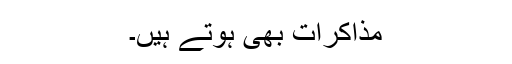
مذاکرات بھی ہوتے ہیں۔